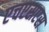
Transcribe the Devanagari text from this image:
एचएसएस